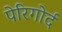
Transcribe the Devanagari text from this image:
पेरिगोर्द